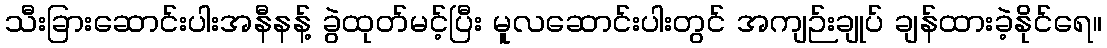
သီးခြားဆောင်းပါးအနီနန့် ခွဲထုတ်မင့်ပြီး မူလဆောင်းပါးတွင် အကျဉ်းချုပ် ချန်ထားခဲ့နိုင်ရေ။